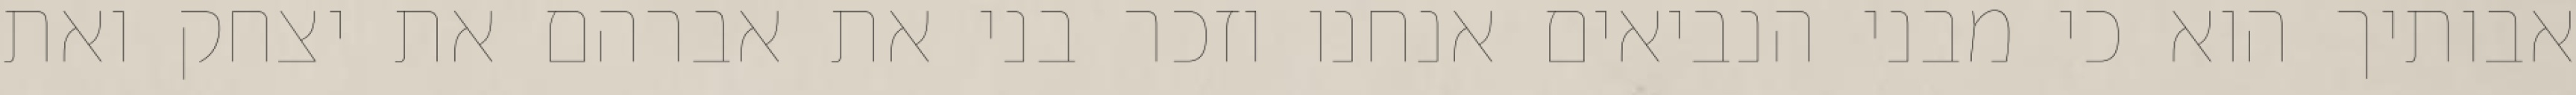
אבותיך הוא כי מבני הנביאים אנחנו וזכר בני את אברהם את יצחק ואת